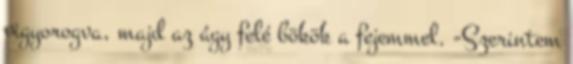
vigyorogva, majd az ágy felé bökök a fejemmel. -Szerintem